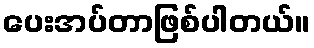
ပေးအပ်တာဖြစ်ပါတယ်။